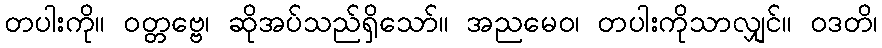
တပါးကို။ ဝတ္တဗ္ဗေ၊ ဆိုအပ်သည်ရှိသော်။ အညမေဝ၊ တပါးကိုသာလျှင်။ ဝဒတိ၊